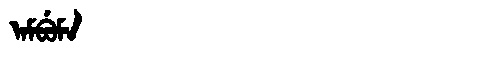
Manchu: ᠠᠮᠪᡠᠮᠠ
Romanization: AMBUMA